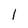
Character: l